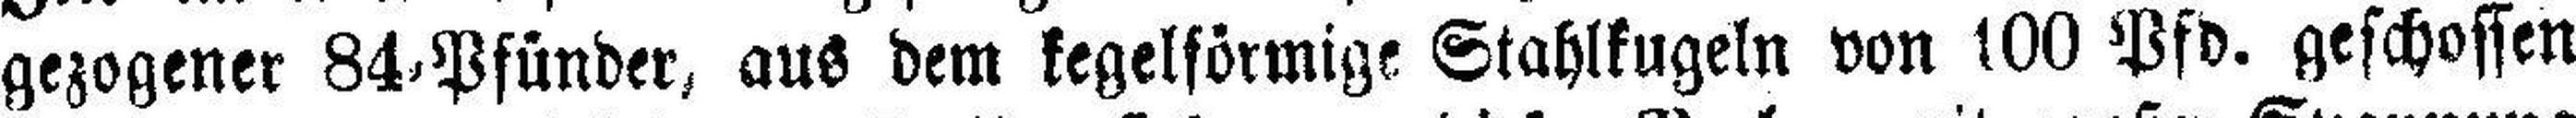
gezogener 84 Pfünder, aus dem kegelförmige Stahlkugeln von 100 Pfd. geschossen